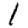
Digit: 1